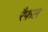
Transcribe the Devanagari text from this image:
रैफल